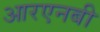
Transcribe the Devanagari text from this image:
आरएनबी